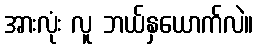
အားလုံး လူ ဘယ်နှယောက်လဲ။